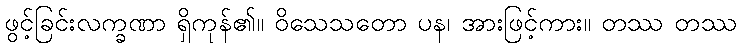
ဖွင့်ခြင်းလက္ခဏာ ရှိကုန်၏။ ဝိသေသတော ပန၊ အားဖြင့်ကား။ တဿ တဿ